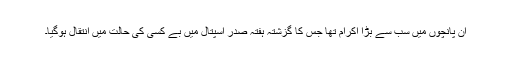
ان پانچوں میں سب سے بڑا اکرام تھا جس کا گزشتہ ہفتہ صدر اسپتال میں بے کسی کی حالت میں انتقال ہوگیا۔